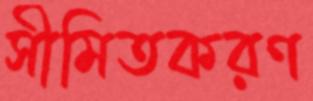
সীমিতকরণ